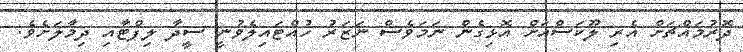
ދޮރުމައްޗަށް އެރި ލޫކަސްއަށް އޮޅިގެން ނަމަވެސް ނަޒަރު ހުއްޓައިލެވުނީ ސީދާ ލިފްޓާއި ދިމާލަށެވެ.